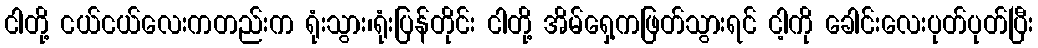
ငါတို့ ငယ်ငယ်လေးကတည်းက ရုံးသွား၊ရုံးပြန်တိုင်း ငါတို့ အိမ်ရှေ့ကဖြတ်သွားရင် ငါ့ကို ခေါင်းလေးပုတ်ပုတ်ပြီး